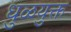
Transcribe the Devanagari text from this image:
धुळयुक्त